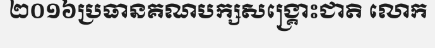
២០១៦ប្រធានគណបក្សសង្គ្រោះជាតិ លោក